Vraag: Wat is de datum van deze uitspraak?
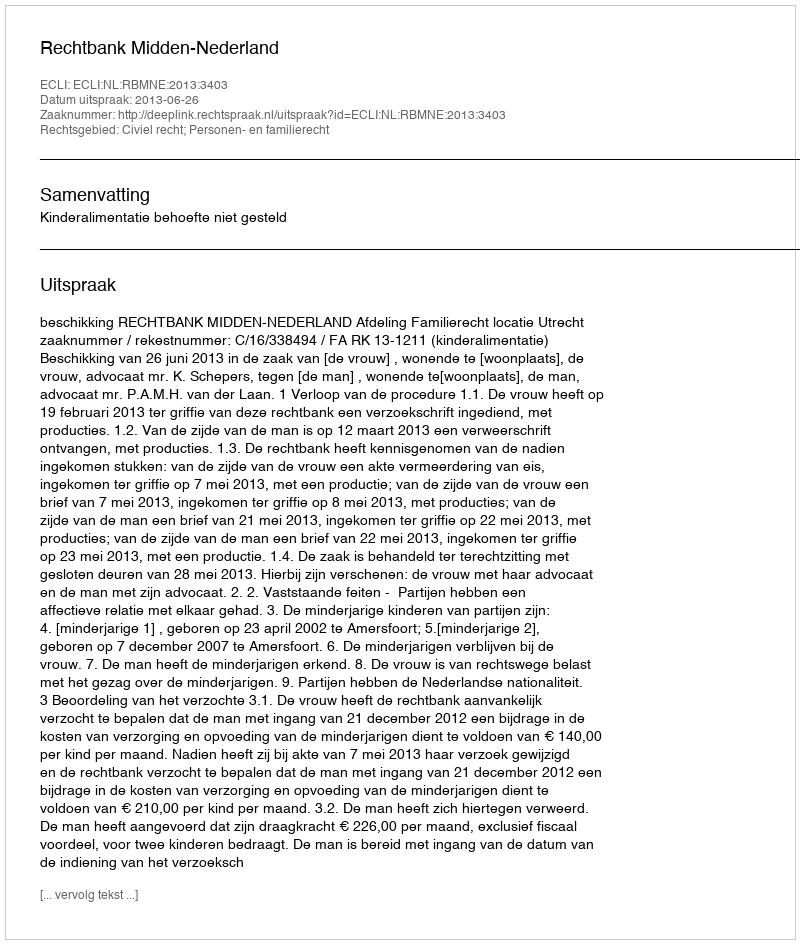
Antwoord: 2013-06-26